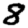
Digit: 8